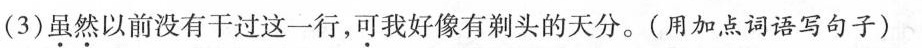
(3)虽然以前没有干过这一行，可我好像有剃头的天分。(用加点词语写句子)